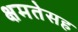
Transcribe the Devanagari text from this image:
क्षमतेसह